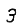
Digit: 3